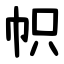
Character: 帜